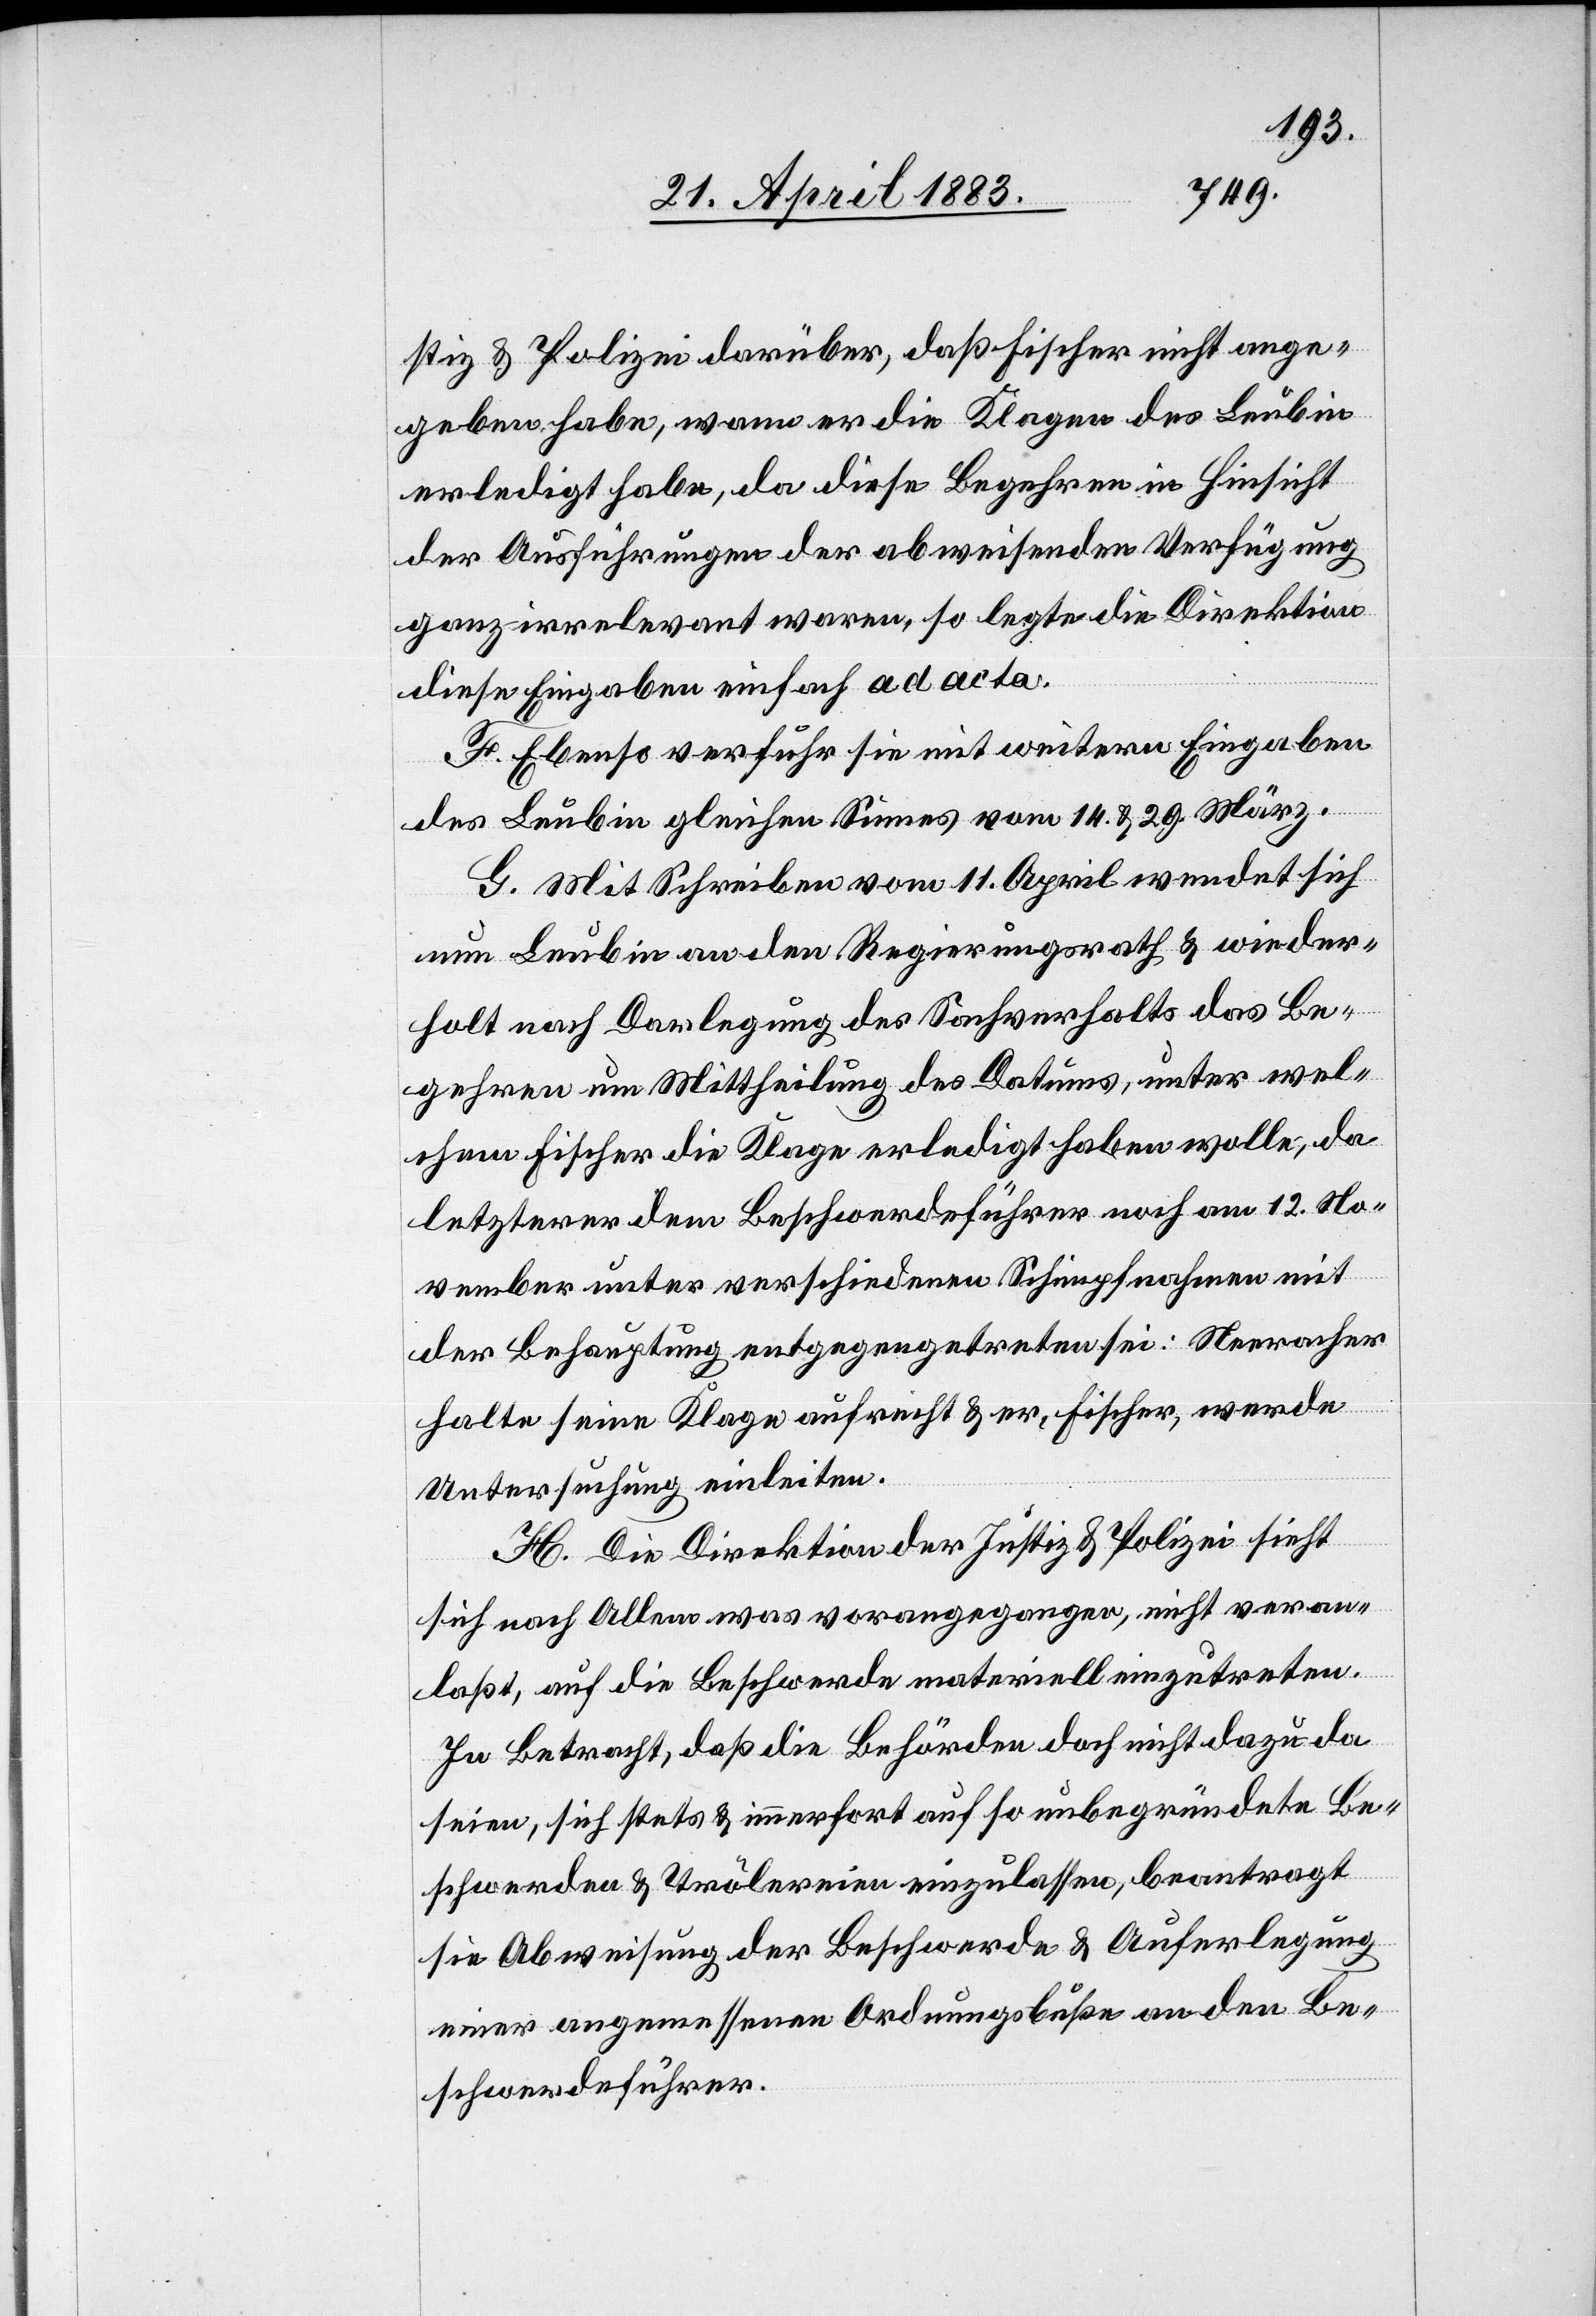
stiz & Polizei darüber, daß Fischer nicht ange¬
geben habe, wann er die Klagen des Leubin
erledigt habe, da diese Begehren in Hinsicht
der Ausführungen der abweisenden Verfügung
ganz irrelevant waren, so legte die Direktion
diese Eingaben einfach ad acta.
F. Ebenso verfuhr sie mit weitern Eingaben
des Leubin gleichen Sinnes vom 14. & 29. März.
G. Mit Schreiben vom 11. April wendet sich
nun Leubin an den Regierungsrath & wieder¬
holt nach Darlegung des Sachverhalts das Be¬
gehren um Mittheilung des Datums, unter wel¬
chem Fischer die Klage erledigt haben wolle, da
letzterer dem Beschwerdeführer noch am 12. No¬
vember unter verschiedenen Schimpfnahmen mit
der Behauptung entgegengetreten sei. Neeracher
halte seine Klage aufrecht & er, Fischer, werde
Untersuchung einleiten.
H. Die Direktion der Justiz & Polizei sieht
sich nach Allem was vorangegangen, nicht veran¬
laßt, auf die Beschwerde materiell einzutreten.
In Betracht, daß die Behörden doch nicht dazu da
seien, sich stets & immerfort auf so unbegründete Be¬
schwerden & Trölereien einzulassen, beantragt
sie Abweisung der Beschwerde & Auferlegung
einer angemessenen Ordnungsbuße an den Be¬
schwerdeführer.